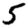
Digit: 5